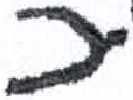
אות: כ